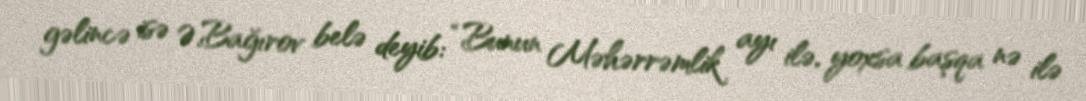
gəlincə isə Ə.Bağırov belə deyib: “Bunun Məhərrəmlik ayı ilə, yoxsa başqa nə ilə